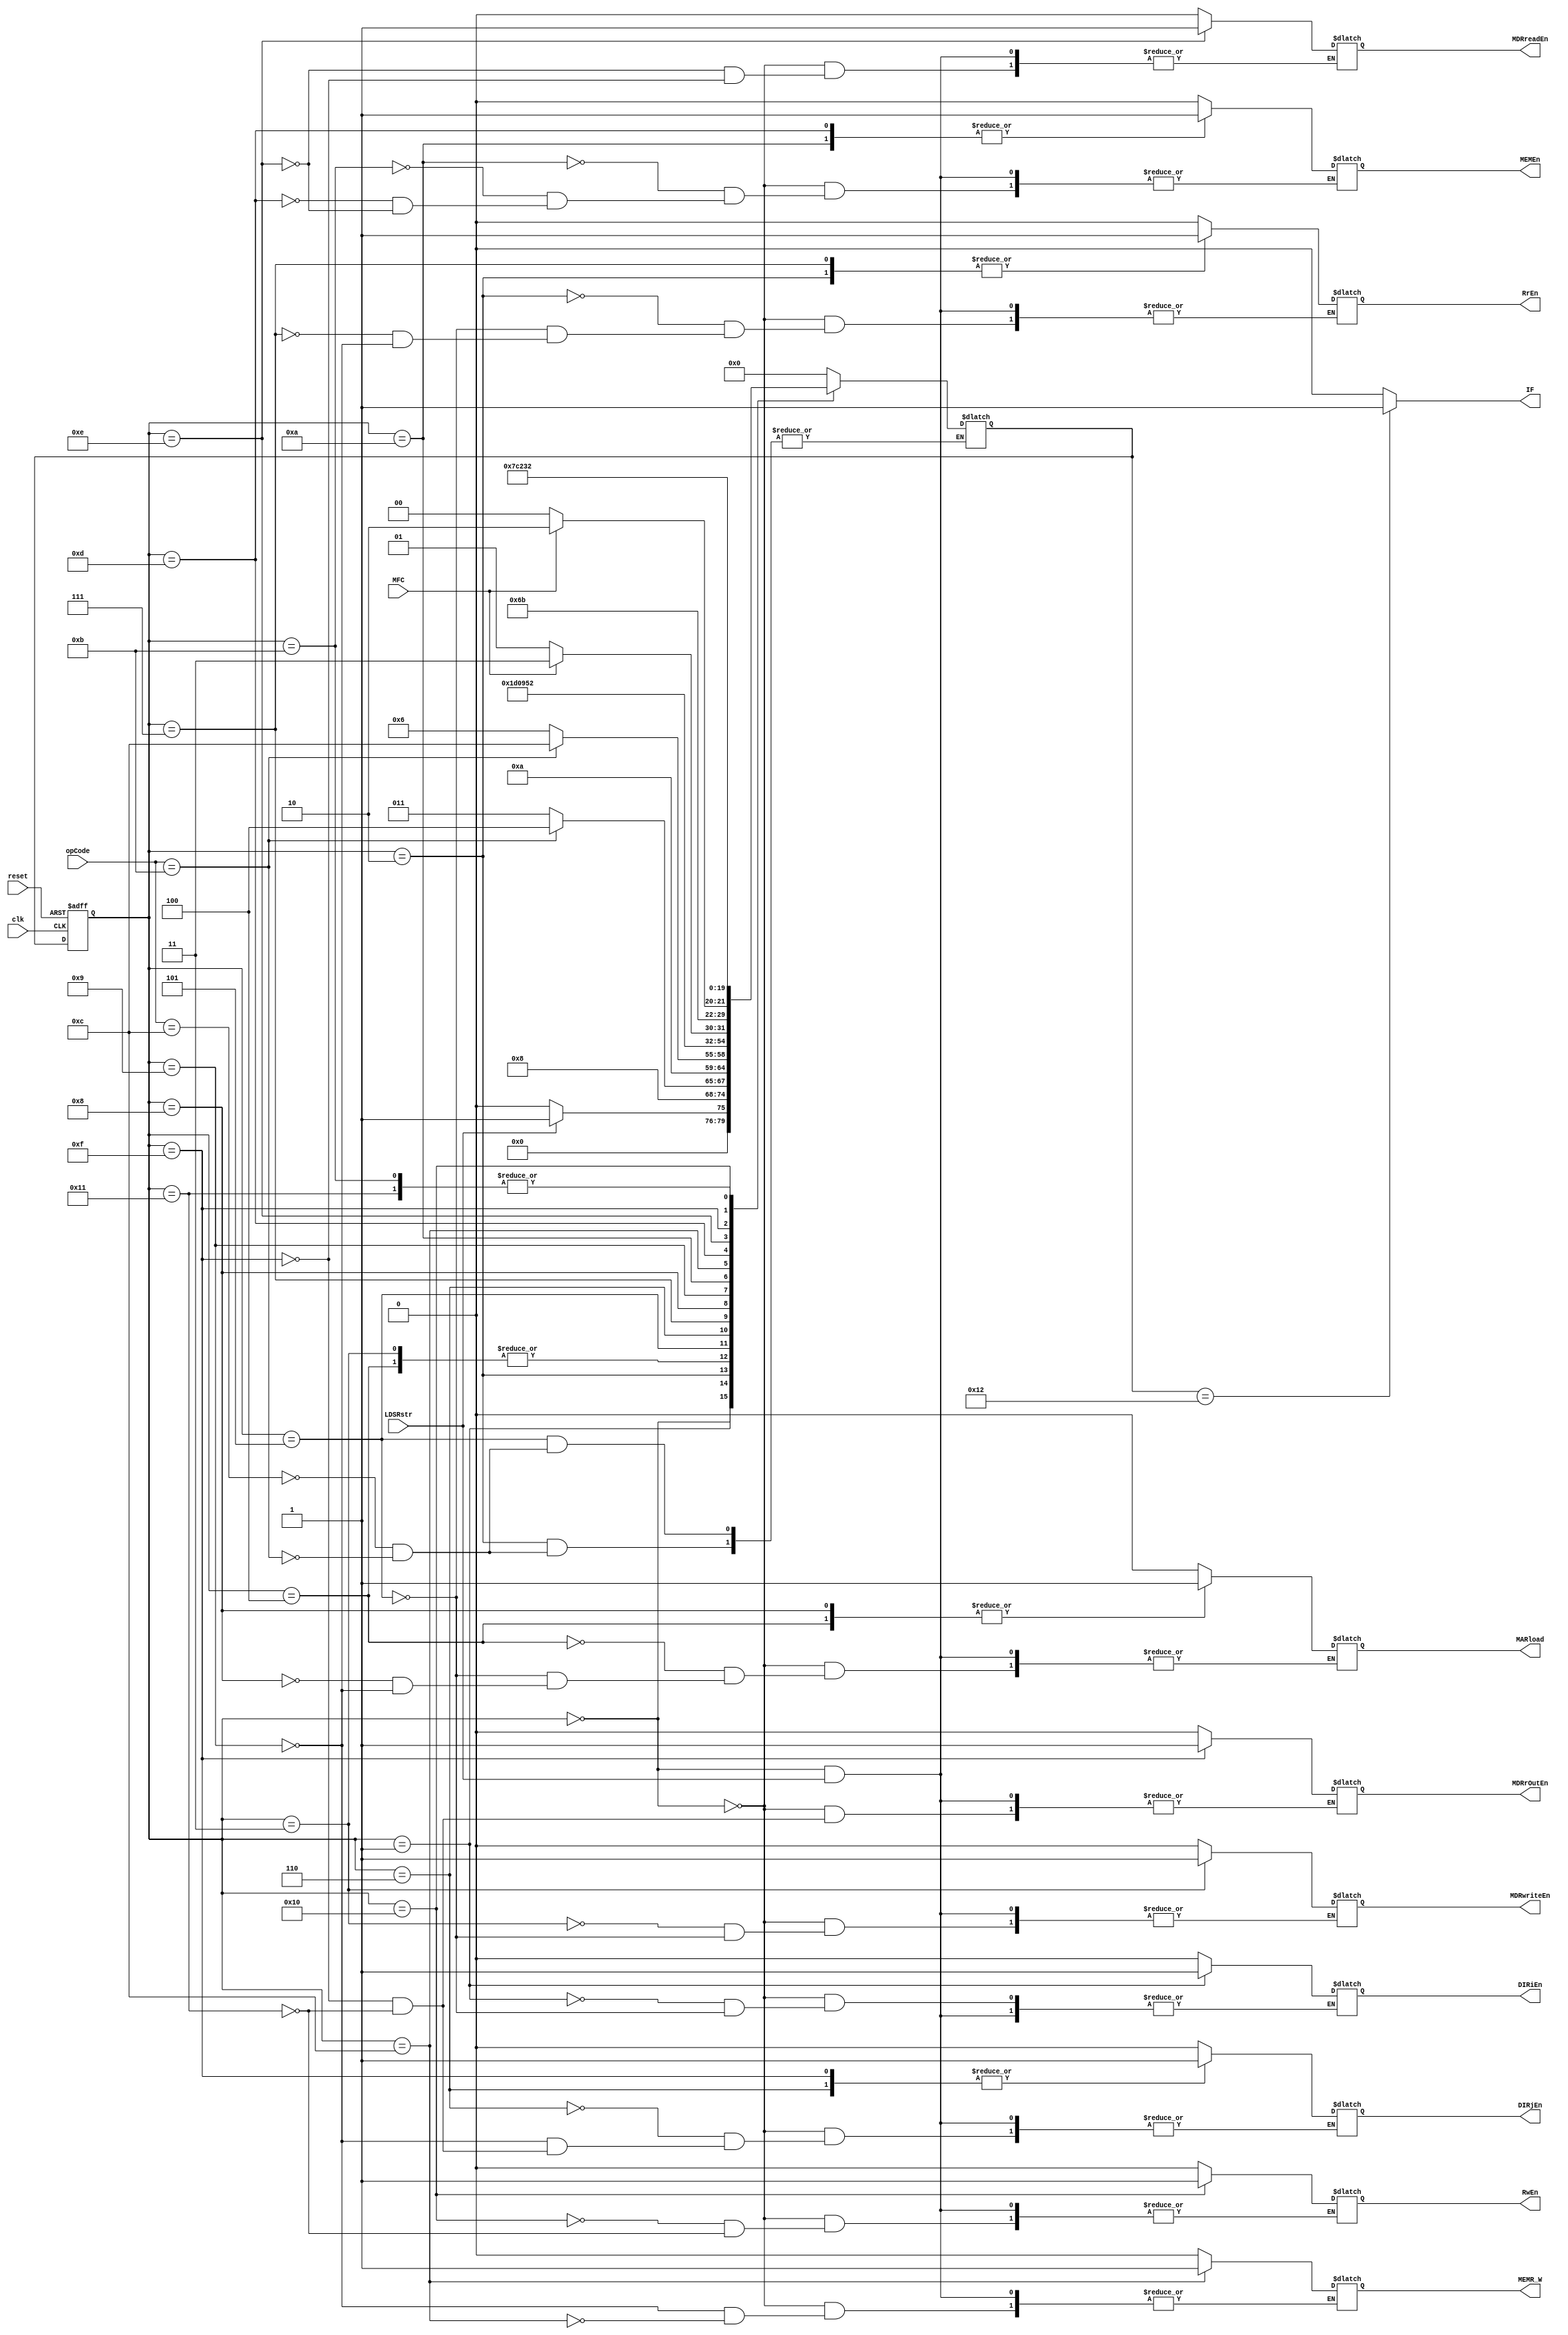


module LdSr_FSM(clk, reset, LDSRstr, DIRiEn, DIRjEn, opCode, RrEn, RwEn, MARload, MDRwriteEn, MDRreadEn, MDRrOutEn, MEMR_W, MEMEn, MFC, IF);
	input wire clk, reset, LDSRstr;
	
	// Decoder signals
	output reg DIRiEn, DIRjEn;
	input wire[3:0] opCode;
	
	// Register signal
	output reg RrEn, RwEn;
	
	// MAR signals
	output reg MARload;
	
	// MDR signals
	output reg MDRwriteEn, MDRreadEn, MDRrOutEn;
	
	// MEM singnals 
	output reg MEMR_W, MEMEn;
	input wire MFC;
	
	// Instruction fetch Signals;
	output reg IF;
	
	reg[4:0] currState, nextState;
	
	parameter S0 = 5'd0, S1 = 5'd1, S2 = 5'd2, S211 = 5'd3, S221 = 5'd4,
			  S3 = 5'd5, S311 = 5'd6, S312 = 5'd7, S313 = 5'd8, S314 = 5'd9,
			  S315 = 5'd10, S316 = 5'd11, S321 = 5'd12, S322 = 5'd13, S323 = 5'd14,
			  S324 = 5'd15, S325 = 5'd16, S326 = 5'd17, S4 = 5'd18;
			  
	parameter LOAD = 4'd11, STORE = 4'd12;
	
	always @(posedge clk or posedge reset)
	begin
		if(reset == 1)
		begin
			currState <= S0;
		end
		else
			currState <= nextState;
	end
	
	always @(currState or LDSRstr)
	begin
		case(currState)
			S0:
				if(LDSRstr == 1) nextState <= S1;
				else
				begin
					DIRiEn <= 0;
					DIRjEn <= 0;
					RrEn <= 0;
					RwEn <= 0;
					MARload <= 0;
					MDRwriteEn <= 0;
					MDRreadEn <= 0;
					MDRrOutEn <= 0;
					MEMR_W <= 0;
					MEMEn <= 0;
					nextState <= S0;
				end
			S1: begin
				DIRiEn <= 1;
				nextState <= S2;
			end
			S2: begin
				RrEn <= 1;
				case(opCode)
					STORE:
						nextState <= S211;
					LOAD:
						nextState <= S221;
				endcase
			end	
			S211: begin
				MDRwriteEn <= 1;
				nextState <= S3;
			end
			S221: begin
				MARload <= 1;
				nextState <= S3;
			end
			S3: begin
				DIRiEn <= 0;
				RrEn <= 0;
				MDRwriteEn <= 0;
				MARload <= 0;
				case(opCode)
					STORE:
						nextState <= S311;
					LOAD:
						nextState <= S321;
				endcase
			end
			S311: begin
				DIRjEn <= 1;
				nextState <= S312;
			end
			S312: begin
				RrEn <= 1;
				nextState <= S313;
			end
			S313: begin
				MARload <= 1;
				nextState <= S314;
			end
			S314: begin
				DIRjEn <= 0;
				RrEn <= 0;
				MARload <= 0;
				MEMR_W <= 0;
				nextState <= S315;
			end
			S315: begin
				MEMEn <= 1;
				if(MFC == 1) nextState <= S316;
				else nextState <= S314;
			end
			S316: begin
				MEMEn <= 0;
				nextState <= S4;
			end
			S321: begin
				MEMR_W <= 1;
				nextState <= S322;
			end
			S322: begin
				MEMEn <= 1;
				if(MFC == 1) nextState <= S323;
				else nextState <= S321;
			end
			S323: begin
				MDRreadEn <= 1;
				MEMEn <= 0;
				nextState <= S324;
			end
			S324: begin
				MDRreadEn <= 0;
				MDRrOutEn <= 1;
				DIRjEn <= 1;
				nextState <= S325;
			end
			S325: begin
				RwEn <= 1;
				nextState <= S326;
			end
			S326: begin
				RwEn <= 0;
				DIRjEn <= 0;
				MDRrOutEn <= 0;
				nextState <= S4;
			end
			S4: begin
				nextState <= S0;
			end
			default: begin
				nextState <= S0;
			end
		endcase
	end
	
	always @(nextState)
	begin
		if(nextState == S4) IF <= 1;
		else IF <= 0;
	end
	
endmodule